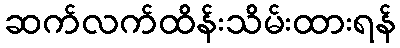
ဆက်လက်ထိန်းသိမ်းထားရန်